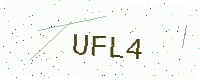
Text: UFL4